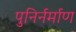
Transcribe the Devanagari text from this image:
पुनिर्नर्माण